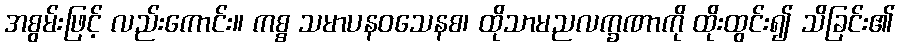
အစွမ်းဖြင့် လည်းကောင်း။ ကစ္စ သမာပနဝသေနစ၊ ထိုသာမညလက္ခဏာကို ထိုးထွင်း၍ သိခြင်း၏